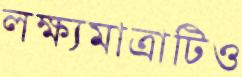
লক্ষ্যমাত্রাটিও